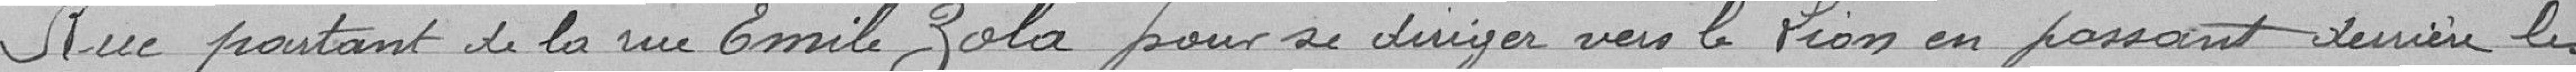
Rue partant de la rue Émile Zola pour se diriger vers le Lion en passant derrière les